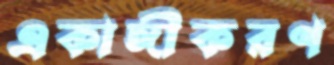
একাঙ্গীকরণ